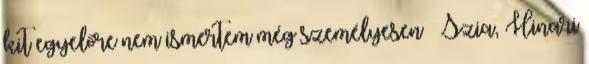
kit egyelőre nem ismertem még személyesen – Szia, Hinari